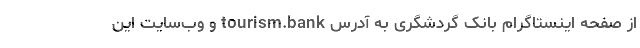
از صفحه اینستاگرام بانک گردشگری به آدرس tourism.bank و وب‌سایت این